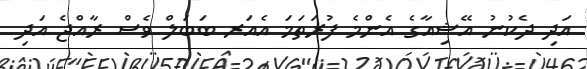
އަދި ދެކުނު އޭޝިއާގެ އެންމެ ފުރަތަމަ އެއަރ ބަބަލް ވެސް ރާއްޖެ އަދި